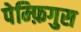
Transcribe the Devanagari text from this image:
पेम्फ़िगुस